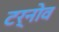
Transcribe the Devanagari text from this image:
टर्नोव